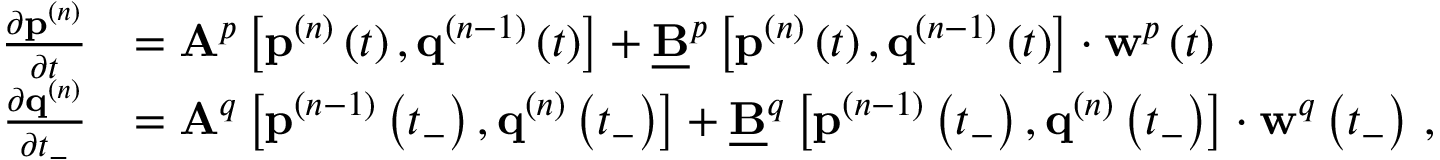
\begin{array} { r l } { \frac { \partial \mathbf { p } ^ { ( n ) } } { \partial t } } & { = \mathbf { A } ^ { p } \left[ \mathbf { p } ^ { ( n ) } \left( t \right) , \mathbf { q } ^ { ( n - 1 ) } \left( t \right) \right] + \underline { { \mathbf { B } } } ^ { p } \left[ \mathbf { p } ^ { ( n ) } \left( t \right) , \mathbf { q } ^ { ( n - 1 ) } \left( t \right) \right] \cdot \mathbf { w } ^ { p } \left( t \right) \, } \\ { \frac { \partial \mathbf { q } ^ { ( n ) } } { \partial t _ { - } } } & { = \mathbf { A } ^ { q } \left[ \mathbf { p } ^ { ( n - 1 ) } \left( t _ { - } \right) , \mathbf { q } ^ { ( n ) } \left( t _ { - } \right) \right] + \underline { { \mathbf { B } } } ^ { q } \left[ \mathbf { p } ^ { ( n - 1 ) } \left( t _ { - } \right) , \mathbf { q } ^ { ( n ) } \left( t _ { - } \right) \right] \cdot \mathbf { w } ^ { q } \left( t _ { - } \right) \, , } \end{array}